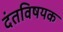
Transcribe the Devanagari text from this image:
दंतविषयक